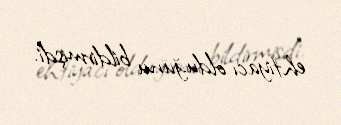
ehtiyacı olduğunu bildirmişdi.